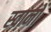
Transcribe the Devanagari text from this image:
स्वानों